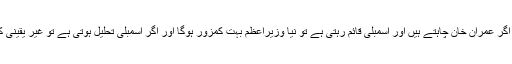
دوسری بدقسمتی یہ ہے کہ اگر عمران خان چاہتے ہیں اور اسمبلی قائم رہتی ہے تو نیا وزیراعظم بہت کمزور ہوگا اور اگر اسمبلی تحلیل ہوتی ہے تو غیر یقینی کیفیت میں مزید اضافہ ہوگا۔